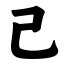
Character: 己